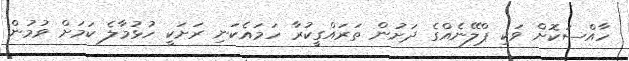
ހާއްސަކޮށް ވަކި ޕްލޭނެއްގެ ދަށުން ތަރައްގީކުރާ ހަމައެކަނި ރަށަކީ ހުޅުމާލެ ކަމަށް ވުމުން